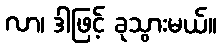
လာ၊ ဒါဖြင့် ခုသွားမယ်။